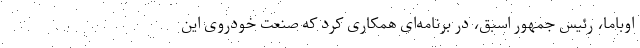
اوباما، رئیس جمهور اسبق، در برنامه‌ای همکاری کرد که صنعت خودروی این